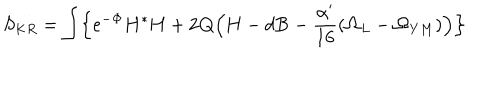
S _ { K R } = \int \Bigl \{ e ^ { - { \bf \Phi } } { \bf H } { ^ { * } { \bf H } } + 2 { \bf Q } \Bigl ( { \bf H } - d { \bf B } - \frac { \alpha ^ { \prime } } { 1 6 } ( { \bf \Omega } _ { L } - { \bf \Omega } _ { Y M } ) \Bigr ) \Bigr \}